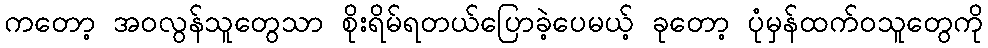
ကတော့ အဝလွန်သူတွေသာ စိုးရိမ်ရတယ်ပြောခဲ့ပေမယ့် ခုတော့ ပုံမှန်ထက်ဝသူတွေကို